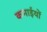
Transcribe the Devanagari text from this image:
कमाईयों